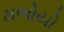
મભોયો